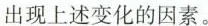
出现上述变化的因素。